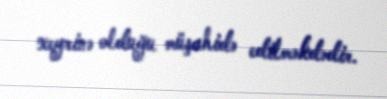
xeyrinə olduğu müşahidə edilməkdədir.